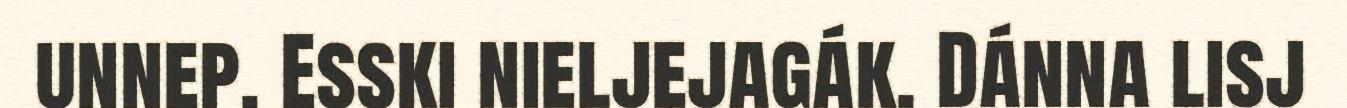
unnep. Esski nieljejagák. Dánna lisj